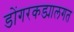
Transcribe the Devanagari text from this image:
डोंगरकड्यालगत